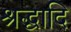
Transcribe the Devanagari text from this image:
श्रद्धादि